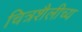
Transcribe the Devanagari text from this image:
चित्रशैलीच्य